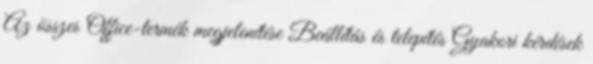
Az összes Office-termék megjelenítése Beállítás és telepítés Gyakori kérdések